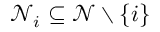
\mathcal { N } _ { i } \subseteq \mathcal { N } \setminus \{ i \}